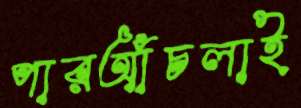
পারআঁচলাই